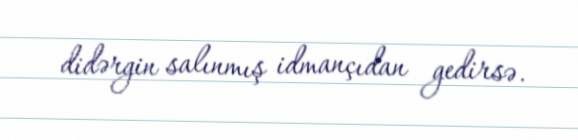
didərgin salınmış idmançıdan gedirsə.